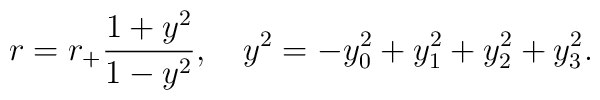
r=r_+\frac{1+y^2}{1-y^2}, \ \ \ y^2=-y_0^2+y_1^2+y_2^2+y_3^2.